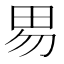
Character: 𰢽